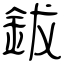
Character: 鈸